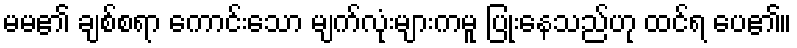
မမ၏ ချစ်စရာ ကောင်းသော မျက်လုံးများကမူ ပြုံးနေသည်ဟု ထင်ရ ပေ၏။